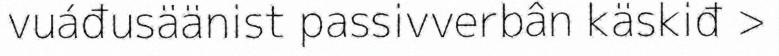
vuáđusäänist passivverbân käskiđ >